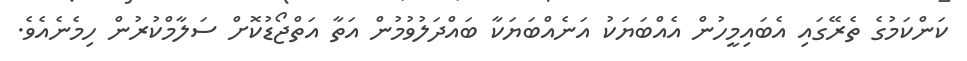
ކަންކަމުގެ ތެރޭގައި އެބައިމީހުން އެއްބަޔަކު އަނެއްބަޔަކާ ބައްދަލުވުމުން އަތާ އަތްޖޯޑުކޮށް ސަލާމްކުރުން ހިމެނެއެވެ.